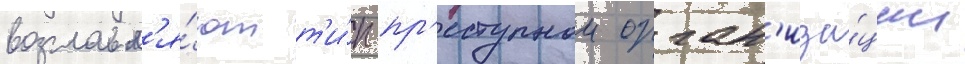
возглавл'я́ют т'и́п пр'еступнои орган'иза́ции